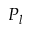
P _ { l }